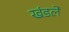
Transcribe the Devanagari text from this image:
खंडले